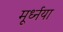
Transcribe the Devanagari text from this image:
मूर्ध्नया